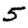
Digit: 5